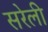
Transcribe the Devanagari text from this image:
सरेली